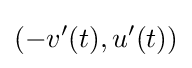
(-v'(t),u'(t))